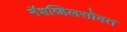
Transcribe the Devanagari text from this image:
नॅशव्हिलसोबत